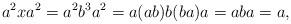
LaTeX: \begin{align*}a^{2}xa^{2}=a^{2}b^{3}a^{2}=a(ab)b(ba)a=aba=a,\end{align*}